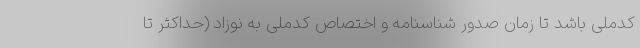
کدملی باشد تا زمان صدور شناسنامه و اختصاص کدملی به نوزاد (حداکثر تا